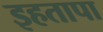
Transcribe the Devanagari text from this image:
इहतापा